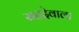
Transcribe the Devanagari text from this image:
सहदेवाला